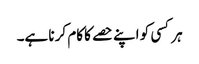
ہر کسی کو اپنے حصے کا کام کر نا ہے۔